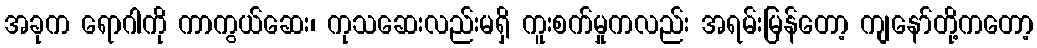
အခုက ရောဂါကို ကာကွယ်ဆေး၊ ကုသဆေးလည်းမရှိ ကူးစက်မှုကလည်း အရမ်းမြန်တော့ ကျနော်တို့ကတော့